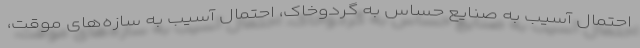
احتمال آسیب به صنایع حساس به گردوخاک، احتمال آسیب به سازه‌های موقت،